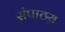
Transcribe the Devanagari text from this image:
संपाठय़